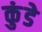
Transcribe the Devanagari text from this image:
कुंडेे